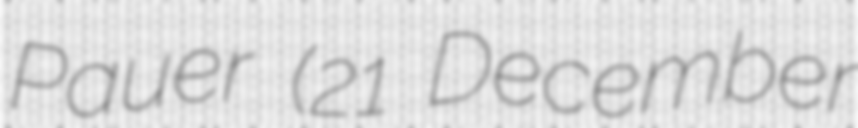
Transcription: Pauer (21 December